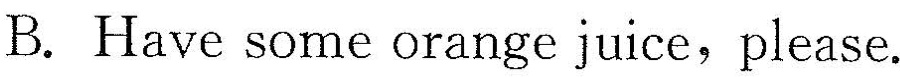
B.Have some orange juice,please.